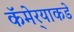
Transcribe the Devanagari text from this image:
कॅमेर्‍याकडे